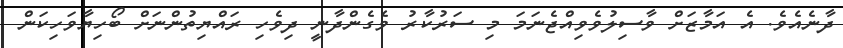
ދާނެއެވެ. އެ އަމާޒަށް ވާސިލުވެވިއްޖެނަމަ މި ސަރުކާރު ވެގެންދާނީ ދިވެހި ރައްޔިތުންނަށް ބޯހިޔާވަހިކަން